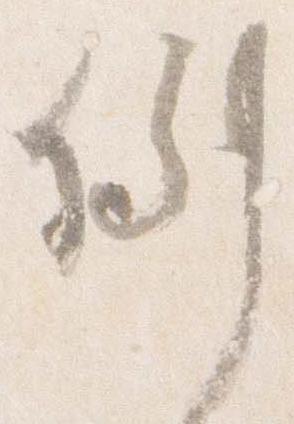
例